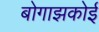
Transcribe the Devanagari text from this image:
बोगाझकोई